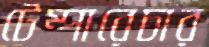
টেম্পারেচার